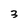
Character: 3